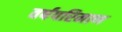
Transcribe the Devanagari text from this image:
वर्षपरिमाण